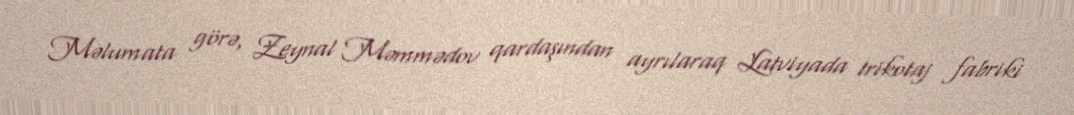
Məlumata görə, Zeynal Məmmədov qardaşından ayrılaraq Latviyada trikotaj fabriki